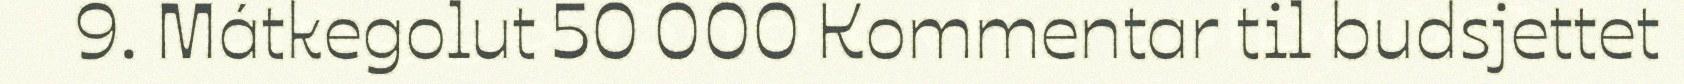
9. Mátkegolut 50 000 Kommentar til budsjettet